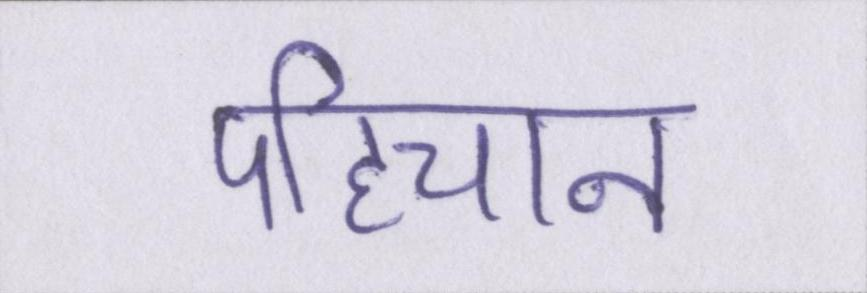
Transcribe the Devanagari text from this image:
पहिचान